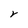
Character: r